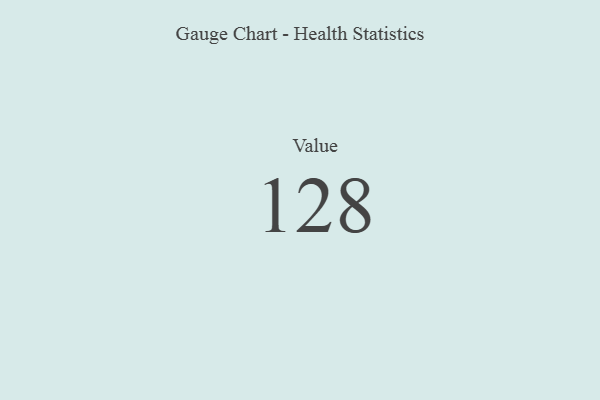
{"axis": {"x": "Metric", "y": "Value"}, "legend": [""], "data": [{"x": "Value", "y": 128, "type": ""}]}